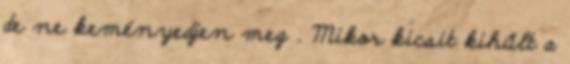
de ne keményedjen meg . Mikor kicsit kihűlt a